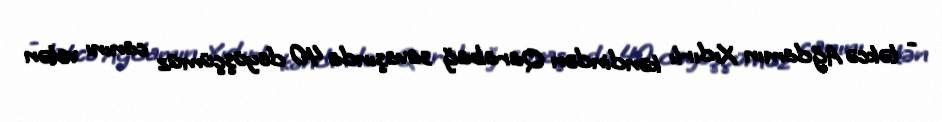
- təkcə Ağdamın Xıdırlı kəndindən Qarabağ savaşında 40 döyüşçümüz canını vətən